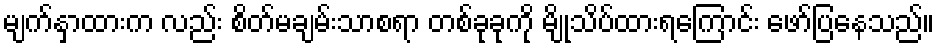
မျက်နှာထားက လည်း စိတ်မချမ်းသာစရာ တစ်ခုခုကို မျိုသိပ်ထားရကြောင်း ဖော်ပြနေသည်။